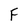
Character: F